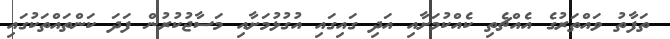
ތަފާތު ވައްތަރުގެ އެއްޗެތި ކެއްކުމަށާއި އަދި ގައިގައި އުގުޅުމަށާއި މަސާޖުކުރުން ފަދަ ކަންތައްތަކުގައި